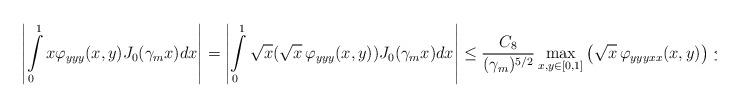
LaTeX: \begin{align*} \left| \int\limits_0^1 x \varphi_{yyy} (x,y) J_0(\gamma_m x) dx \right| = \left| \int\limits_0^1 \sqrt{ x} (\sqrt x \, \varphi_{yyy} (x,y)) J_0(\gamma_m x) dx \right| \leq \frac{C_8}{(\gamma_m)^{5/2}} \max_{x, y \in [0,1]}\left(\sqrt x\,\varphi_{yyyxx}(x,y)\right) \leq \frac{C_9}{m^{5/2}} \end{align*}